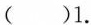
( )1.